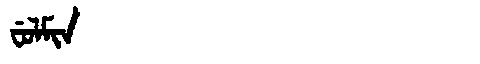
Manchu: ᠸᡠᠯᠮᡳᠨ
Romanization: FULMIN